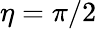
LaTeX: \eta=\pi/2